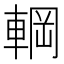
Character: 𮝚